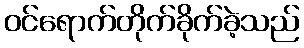
ဝင်ရောက်တိုက်ခိုက်ခဲ့သည်